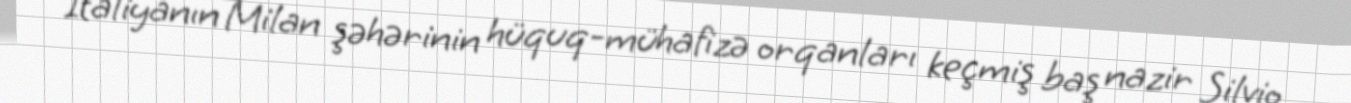
İtaliyanın Milan şəhərinin hüquq-mühafizə orqanları keçmiş baş nazir Silvio